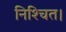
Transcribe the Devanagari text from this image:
निश्‍चित।